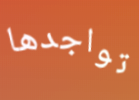
تواجدها